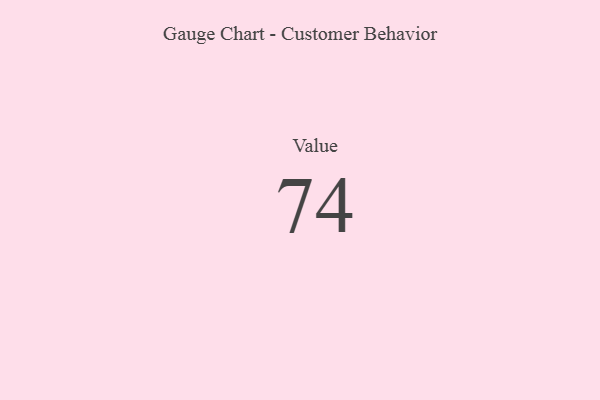
{"axis": {"x": "Metric", "y": "Value"}, "legend": [""], "data": [{"x": "Value", "y": 74, "type": ""}]}